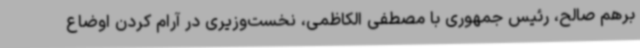
برهم صالح، رئیس جمهوری با مصطفی الکاظمی، نخست‌وزیری در آرام کردن اوضاع